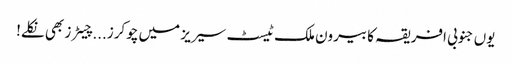
یوں جنوبی افریقہ کا بیرون ملک ٹیسٹ سیریز میں چوکرز...چیٹرز بھی نکلے!